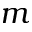
m